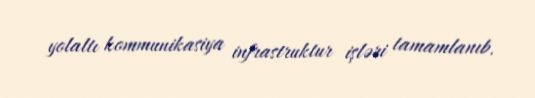
yolaltı kommunikasiya infrastruktur işləri tamamlanıb.